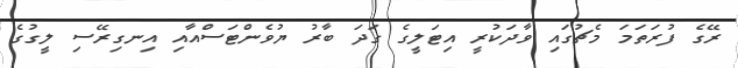
ރޭގެ ފުރަތަމަ މެޗުގައި ވާދަކުރީ އިޓަލީގެ ގަދަ ބާރު ޔުވެންޓަސްއާއި އިނގިރޭސި ލީގުގެ